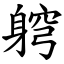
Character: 䠻